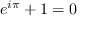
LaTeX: e ^ { i \pi } + 1 = 0